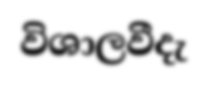
විශාලවීදැ